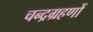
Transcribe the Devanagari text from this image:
चन्द्रग्रहणों